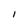
Character: 1